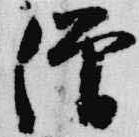
僧